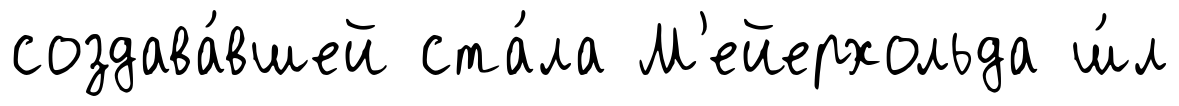
создава́вшей ста́ла М'ейерхольда ш́л